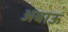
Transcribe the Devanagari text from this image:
अबाऊ